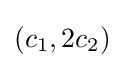
(c_{1},2c_{2})